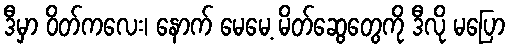
ဒီမှာ ဝိတ်ကလေး၊ နောက် မေမေ့ မိတ်ဆွေတွေကို ဒီလို မပြော